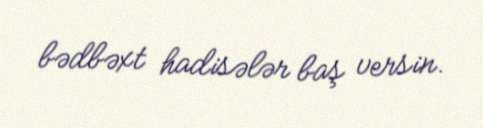
bədbəxt hadisələr baş versin.